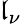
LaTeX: \mathfrak{l}_{\nu}